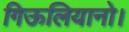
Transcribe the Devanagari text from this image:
गिऊलियानो।